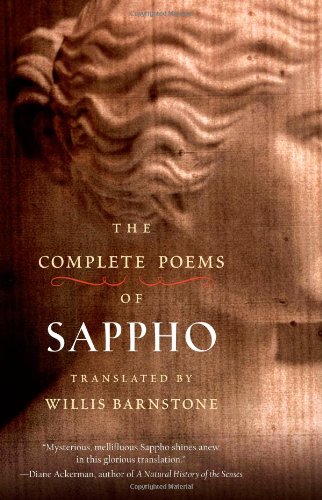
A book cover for The Complete Poems of Sappho; Literature & Fiction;